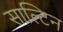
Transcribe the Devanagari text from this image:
साल्टिन